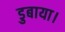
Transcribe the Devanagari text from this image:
डुबाया।